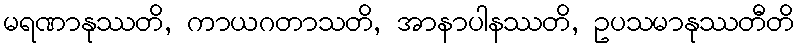
မရဏာနုဿတိ, ကာယဂတာသတိ, အာနာပါနဿတိ, ဥပသမာနုဿတီတိ